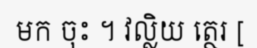
មក ចុះ ។ វល្លិយ ត្ថេរ [